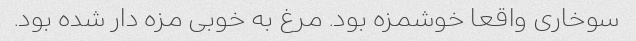
سوخاری واقعا خوشمزه بود. مرغ به خوبی مزه دار شده بود.